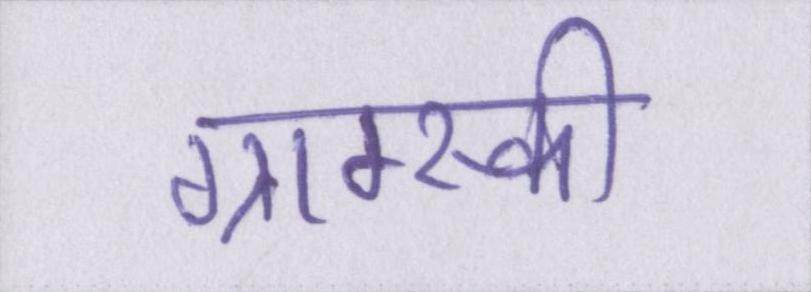
ग्राम्स्की